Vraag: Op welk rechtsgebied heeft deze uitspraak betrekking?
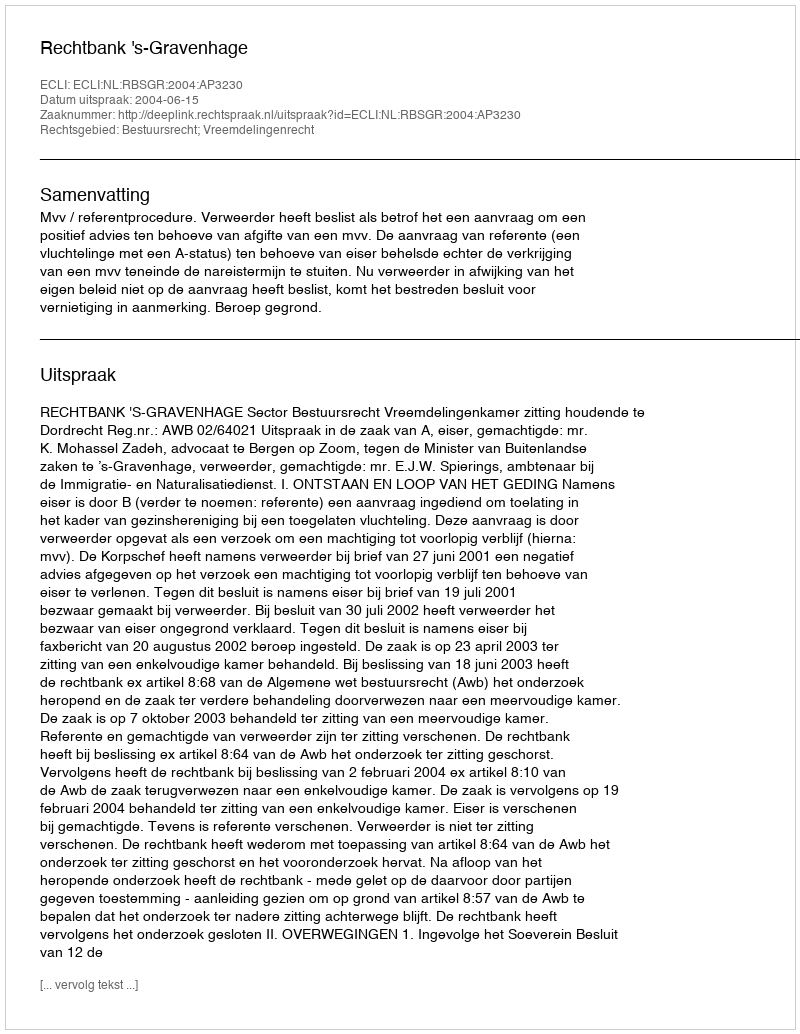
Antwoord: Bestuursrecht; Vreemdelingenrecht